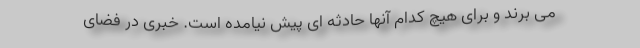
می برند و برای هیچ کدام آنها حادثه ای پیش نیامده است. خبری در فضای